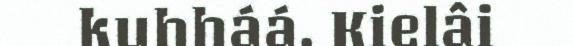
kuhháá. Kielâi